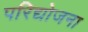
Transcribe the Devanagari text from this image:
परिद्योजना